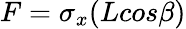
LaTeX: F=\sigma{_x}(Lcos\beta)